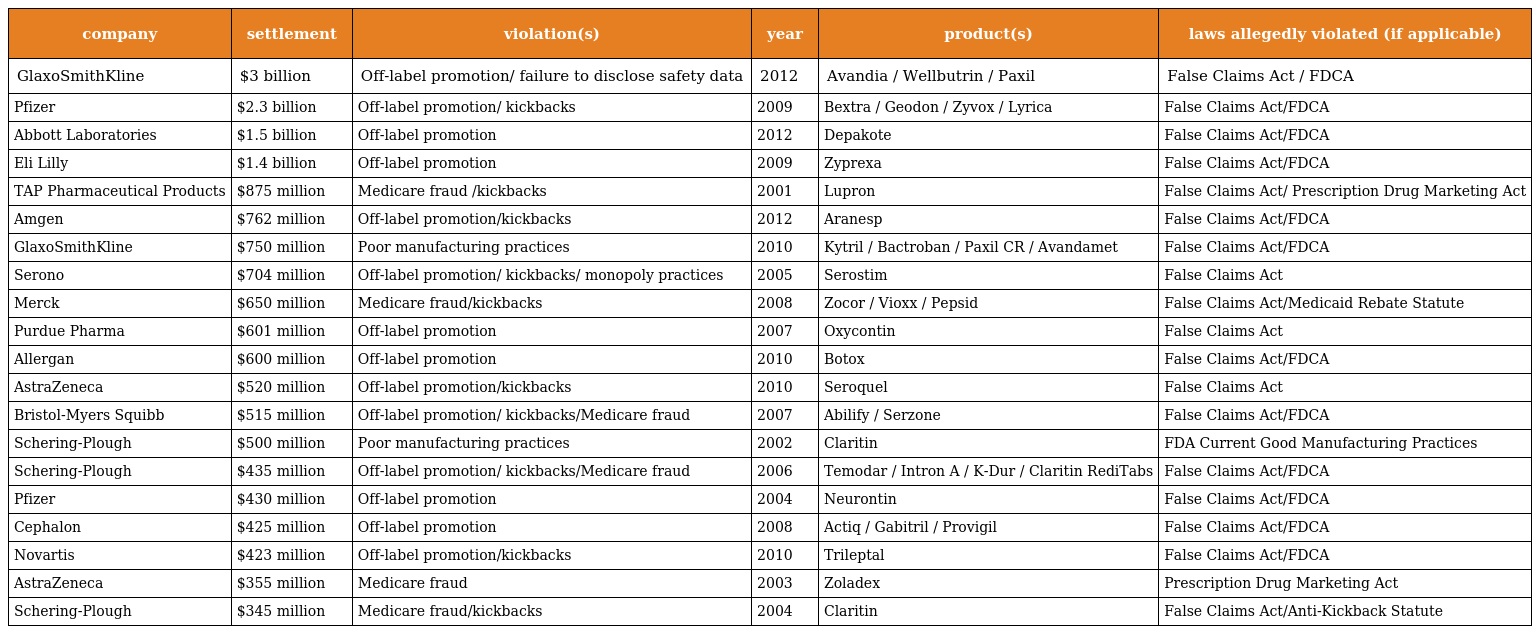
| company | settlement | violation(s) | year | product(s) | laws allegedly violated (if applicable) |
 | --- | --- | --- | --- | --- | --- |
 | GlaxoSmithKline | $3 billion | Off-label promotion/ failure to disclose safety data | 2012 | Avandia / Wellbutrin / Paxil | False Claims Act / FDCA |
 | Pfizer | $2.3 billion | Off-label promotion/ kickbacks | 2009 | Bextra / Geodon / Zyvox / Lyrica | False Claims Act/FDCA |
 | Abbott Laboratories | $1.5 billion | Off-label promotion | 2012 | Depakote | False Claims Act/FDCA |
 | Eli Lilly | $1.4 billion | Off-label promotion | 2009 | Zyprexa | False Claims Act/FDCA |
 | TAP Pharmaceutical Products | $875 million | Medicare fraud /kickbacks | 2001 | Lupron | False Claims Act/ Prescription Drug Marketing Act |
 | Amgen | $762 million | Off-label promotion/kickbacks | 2012 | Aranesp | False Claims Act/FDCA |
 | GlaxoSmithKline | $750 million | Poor manufacturing practices | 2010 | Kytril / Bactroban / Paxil CR / Avandamet | False Claims Act/FDCA |
 | Serono | $704 million | Off-label promotion/ kickbacks/ monopoly practices | 2005 | Serostim | False Claims Act |
 | Merck | $650 million | Medicare fraud/kickbacks | 2008 | Zocor / Vioxx / Pepsid | False Claims Act/Medicaid Rebate Statute |
 | Purdue Pharma | $601 million | Off-label promotion | 2007 | Oxycontin | False Claims Act |
 | Allergan | $600 million | Off-label promotion | 2010 | Botox | False Claims Act/FDCA |
 | AstraZeneca | $520 million | Off-label promotion/kickbacks | 2010 | Seroquel | False Claims Act |
 | Bristol-Myers Squibb | $515 million | Off-label promotion/ kickbacks/Medicare fraud | 2007 | Abilify / Serzone | False Claims Act/FDCA |
 | Schering-Plough | $500 million | Poor manufacturing practices | 2002 | Claritin | FDA Current Good Manufacturing Practices |
 | Schering-Plough | $435 million | Off-label promotion/ kickbacks/Medicare fraud | 2006 | Temodar / Intron A / K-Dur / Claritin RediTabs | False Claims Act/FDCA |
 | Pfizer | $430 million | Off-label promotion | 2004 | Neurontin | False Claims Act/FDCA |
 | Cephalon | $425 million | Off-label promotion | 2008 | Actiq / Gabitril / Provigil | False Claims Act/FDCA |
 | Novartis | $423 million | Off-label promotion/kickbacks | 2010 | Trileptal | False Claims Act/FDCA |
 | AstraZeneca | $355 million | Medicare fraud | 2003 | Zoladex | Prescription Drug Marketing Act |
 | Schering-Plough | $345 million | Medicare fraud/kickbacks | 2004 | Claritin | False Claims Act/Anti-Kickback Statute |